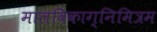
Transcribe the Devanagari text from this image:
मालविकाग्निमित्रम